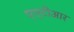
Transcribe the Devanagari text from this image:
एएटीआर